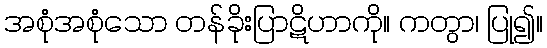
အစုံအစုံသော တန်ခိုးပြာဋိဟာကို။ ကတွာ၊ ပြု၍။